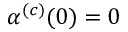
\alpha ^ { ( c ) } ( 0 ) = 0